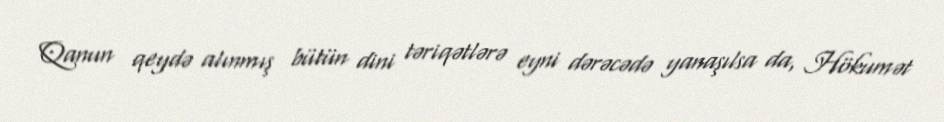
Qanun qeydə alınmış bütün dini təriqətlərə eyni dərəcədə yanaşılsa da, Hökumət